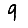
Digit: 9